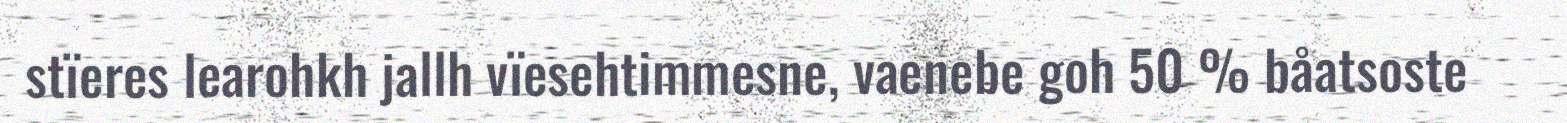
stïeres learohkh jallh vïesehtimmesne, vaenebe goh 50 % båatsoste